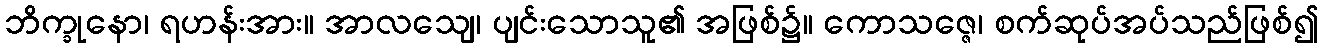
ဘိက္ခုနော၊ ရဟန်းအား။ အာလသျေ၊ ပျင်းသောသူ၏ အဖြစ်၌။ ကောသဇ္ဇေ၊ စက်ဆုပ်အပ်သည်ဖြစ်၍